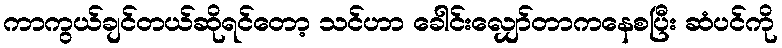
ကာကွယ်ချင်တယ်ဆိုရင်တော့ သင်ဟာ ခေါင်းလျှော်တာကနေစပြီး ဆံပင်ကို